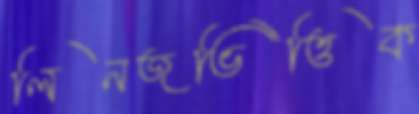
লিনজভিত্তিক